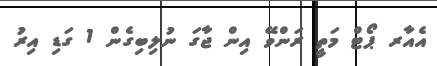
އެއާރ ޕޯޓް މަތީ ރަންވޭ އިން ޖާގަ ނުލިބިގެން 1 ގަޑި އިރު